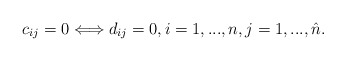
\begin{align*}c_{ij}=0 \Longleftrightarrow d_{ij}=0, i=1,...,n, j=1,...,\hat n. \end{align*}